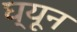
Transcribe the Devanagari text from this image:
घ्यून